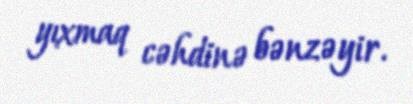
yıxmaq cəhdinə bənzəyir.